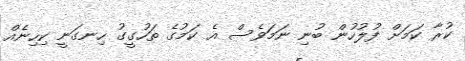
ކުރާ ކަމަށް ފުލުހުން ބުނި ނަމަވެސް އެ ކަމުގެ ތަހުގީގު ހިނގަނީ ކިހިނެއް